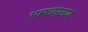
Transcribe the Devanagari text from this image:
भाषामलय